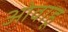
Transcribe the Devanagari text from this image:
ओवाहू